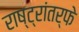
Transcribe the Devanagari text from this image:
राष्ट्रांतर्फे